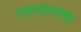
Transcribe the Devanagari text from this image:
रथचालक